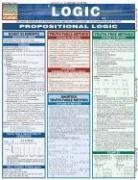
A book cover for Logic: Propositional Logic (Quickstudy: Academic); Inc. BarCharts; Science & Math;